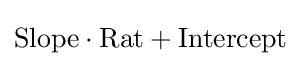
{\mbox{Slope}}\cdot {\mbox{Rat}}+{\mbox{Intercept}}